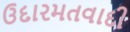
ઉદારમતવાદી